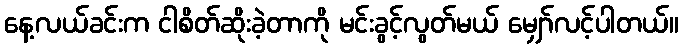
နေ့လယ်ခင်းက ငါစိတ်ဆိုးခဲ့တာကို မင်းခွင့်လွတ်မယ် မျှော်လင့်ပါတယ်။